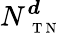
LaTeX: N_{\mathrm{~\scriptsize~T~N~}}^{\boldsymbol d}